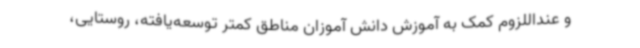
و عنداللزوم کمک به آموزش دانش آموزان مناطق کمتر توسعه‌یافته، روستایی،